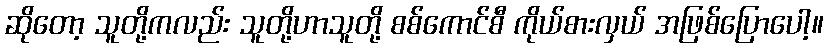
ဆိုတော့ သူတို့ကလည်း သူတို့ဟာသူတို့ စစ်ကောင်စီ ကိုယ်စားလှယ် အဖြစ်ပြောပေါ့။